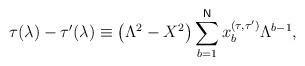
LaTeX: \begin{align*}\tau (\lambda )-\tau ^{\prime }(\lambda )\equiv \left( \Lambda^{2}-X^{2}\right) \sum_{b=1}^{\mathsf{N}}x_{b}^{\left( \tau ,\tau ^{\prime}\right) }\Lambda ^{b-1},\end{align*}